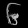
Digit: ၆